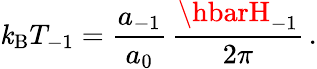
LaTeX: \mathit{k}_{\mathrm{{B}}}T_{-1}=\frac{{a_{-1}}}{{a_{0}}}\, \frac{{\hbarH_{-1}}}{{2\pi}}\, .